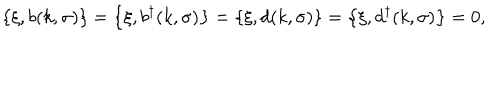
\left\{ \xi , b ( k , \sigma ) \right\} = \left\{ \xi , b ^ { \dagger } ( k , \sigma ) \right\} = \left\{ \xi , d ( k , \sigma ) \right\} = \left\{ \xi , d ^ { \dagger } ( k , \sigma ) \right\} = 0 ,